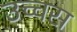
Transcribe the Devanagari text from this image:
उच्चस